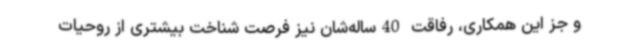
و جز این همکاری، رفاقت 40ساله‌شان نیز فرصت شناخت بیشتری از روحیات